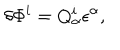
LaTeX: \delta \Phi ^ { i } = Q _ { \alpha } ^ { i } \epsilon ^ { \alpha } ,